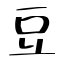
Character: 豆